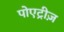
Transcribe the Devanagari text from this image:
पोएट्रीज़